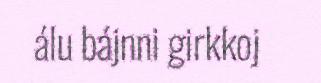
álu bájnni girkkoj